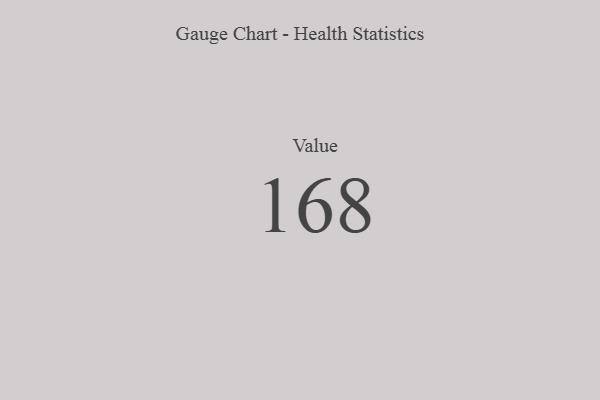
{"axis": {"x": "Metric", "y": "Value"}, "legend": [""], "data": [{"x": "Value", "y": 168, "type": ""}]}